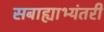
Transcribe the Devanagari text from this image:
सबाह्याभ्यंतरीं